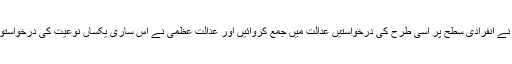
کچھ عرصہ کے دوران مزید کئی لوگوں نے انفرادی سطح پر اسی طرح کی درخواستیں عدالت میں جمع کروائیں اور عدالت عظمی نے اس ساری یکساں نوعیت کی درخواستوں کو ایک ہی کیس کے ساتھ نتھی کرلیا۔